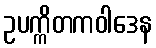
ဥပက္ကိတကဝါဒေန